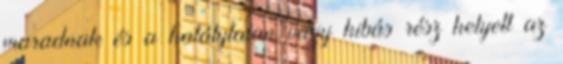
maradnak és a hatálytalan vagy hibás rész helyett az